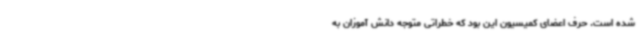
شده است. حرف اعضای کمیسیون این بود که خطراتی متوجه دانش آموزان به